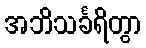
အဘိသင်္ခရိတွာ